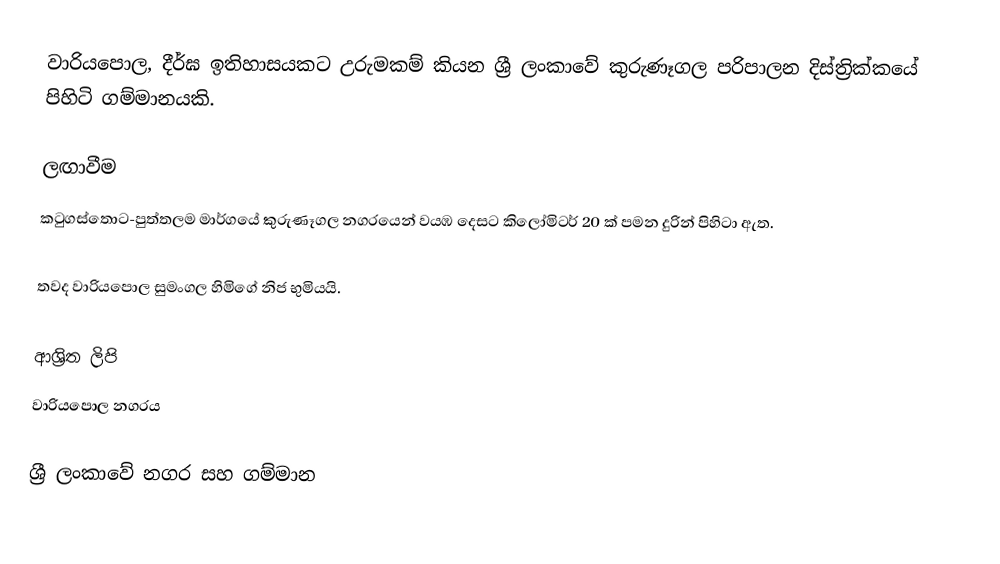
වාරියපොල, දීර්ඝ ඉතිහාසයකට උරුමකම් කියන ශ්‍රී ලංකාවේ කුරුණෑගල පරිපාලන දිස්ත්‍රික්කයේ පිහිටි ගම්මානයකි.

ලඟාවීම
කටුගස්තොට-පුත්තලම මාර්ගයේ කුරුණෑගල නගරයෙන් වයඹ දෙසට කිලෝමිටර් 20 ක් පමන දුරින් පිහිටා ඇත.

තවද වාරියපොල සුමංගල හිමිගේ නිජ භුමියයි.

ආශ්‍රිත ලිපි
 වාරියපොල නගරය

ශ්‍රී ලංකාවේ නගර සහ ගම්මාන